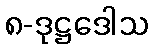
၈-ဒုဋ္ဌဒေါသ